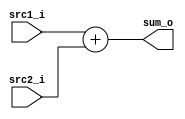
//Subject:     CO project 2 - Adder
//--------------------------------------------------------------------------------
//Version:     1
//--------------------------------------------------------------------------------
//Writer:      
//----------------------------------------------
//Date:   
//----------------------------------------------
//Description: 
//--------------------------------------------------------------------------------


//02112290211261


module Adder(
    src1_i,
	src2_i,
	sum_o
	);
     
//I/O ports
input  [32-1:0]  src1_i;
input  [32-1:0]	 src2_i;
output [32-1:0]	 sum_o;

//Internal Signals
reg    [32-1:0]	 sum_o;

//Parameter
    
//Main function

 always@(src1_i or src2_i)
	begin
	sum_o = src1_i + src2_i;
   end



endmodule